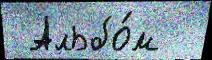
 Альбо́м